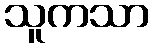
သူကသာ